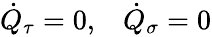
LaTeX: \begin{array}{cc}{{\dot{Q}_{\tau}=0,}}&{{\dot{Q}_{\sigma}=0}}\end{array}